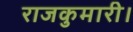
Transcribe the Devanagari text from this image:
राजकुमारी।